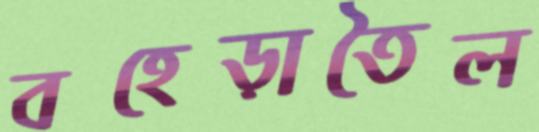
বহেড়াতৈল